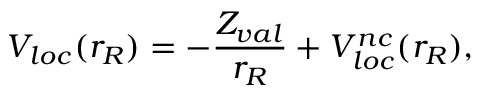
V _ { l o c } ( r _ { R } ) = - \frac { Z _ { v a l } } { r _ { R } } + V _ { l o c } ^ { n c } ( r _ { R } ) ,